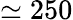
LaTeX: \simeq 250